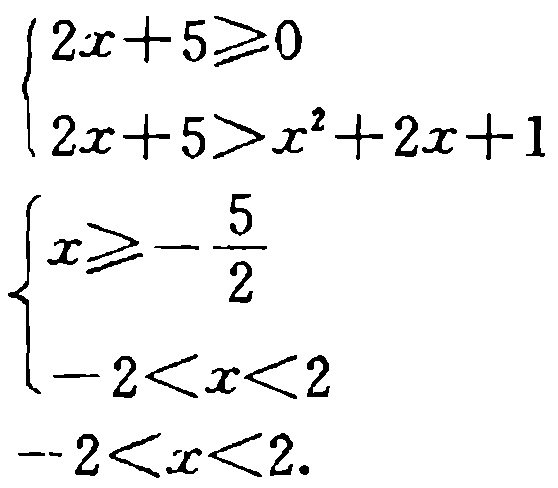
\[
\begin{cases}
2x + 5 \geq 0 \\
2x + 5 > x^{2} + 2x + 1
\end{cases}
\]
\[
\begin{cases}
x \geq -\frac{5}{2} \\
-2 < x < 2
\end{cases}
\]
\(-2 < x < 2\)